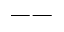
--